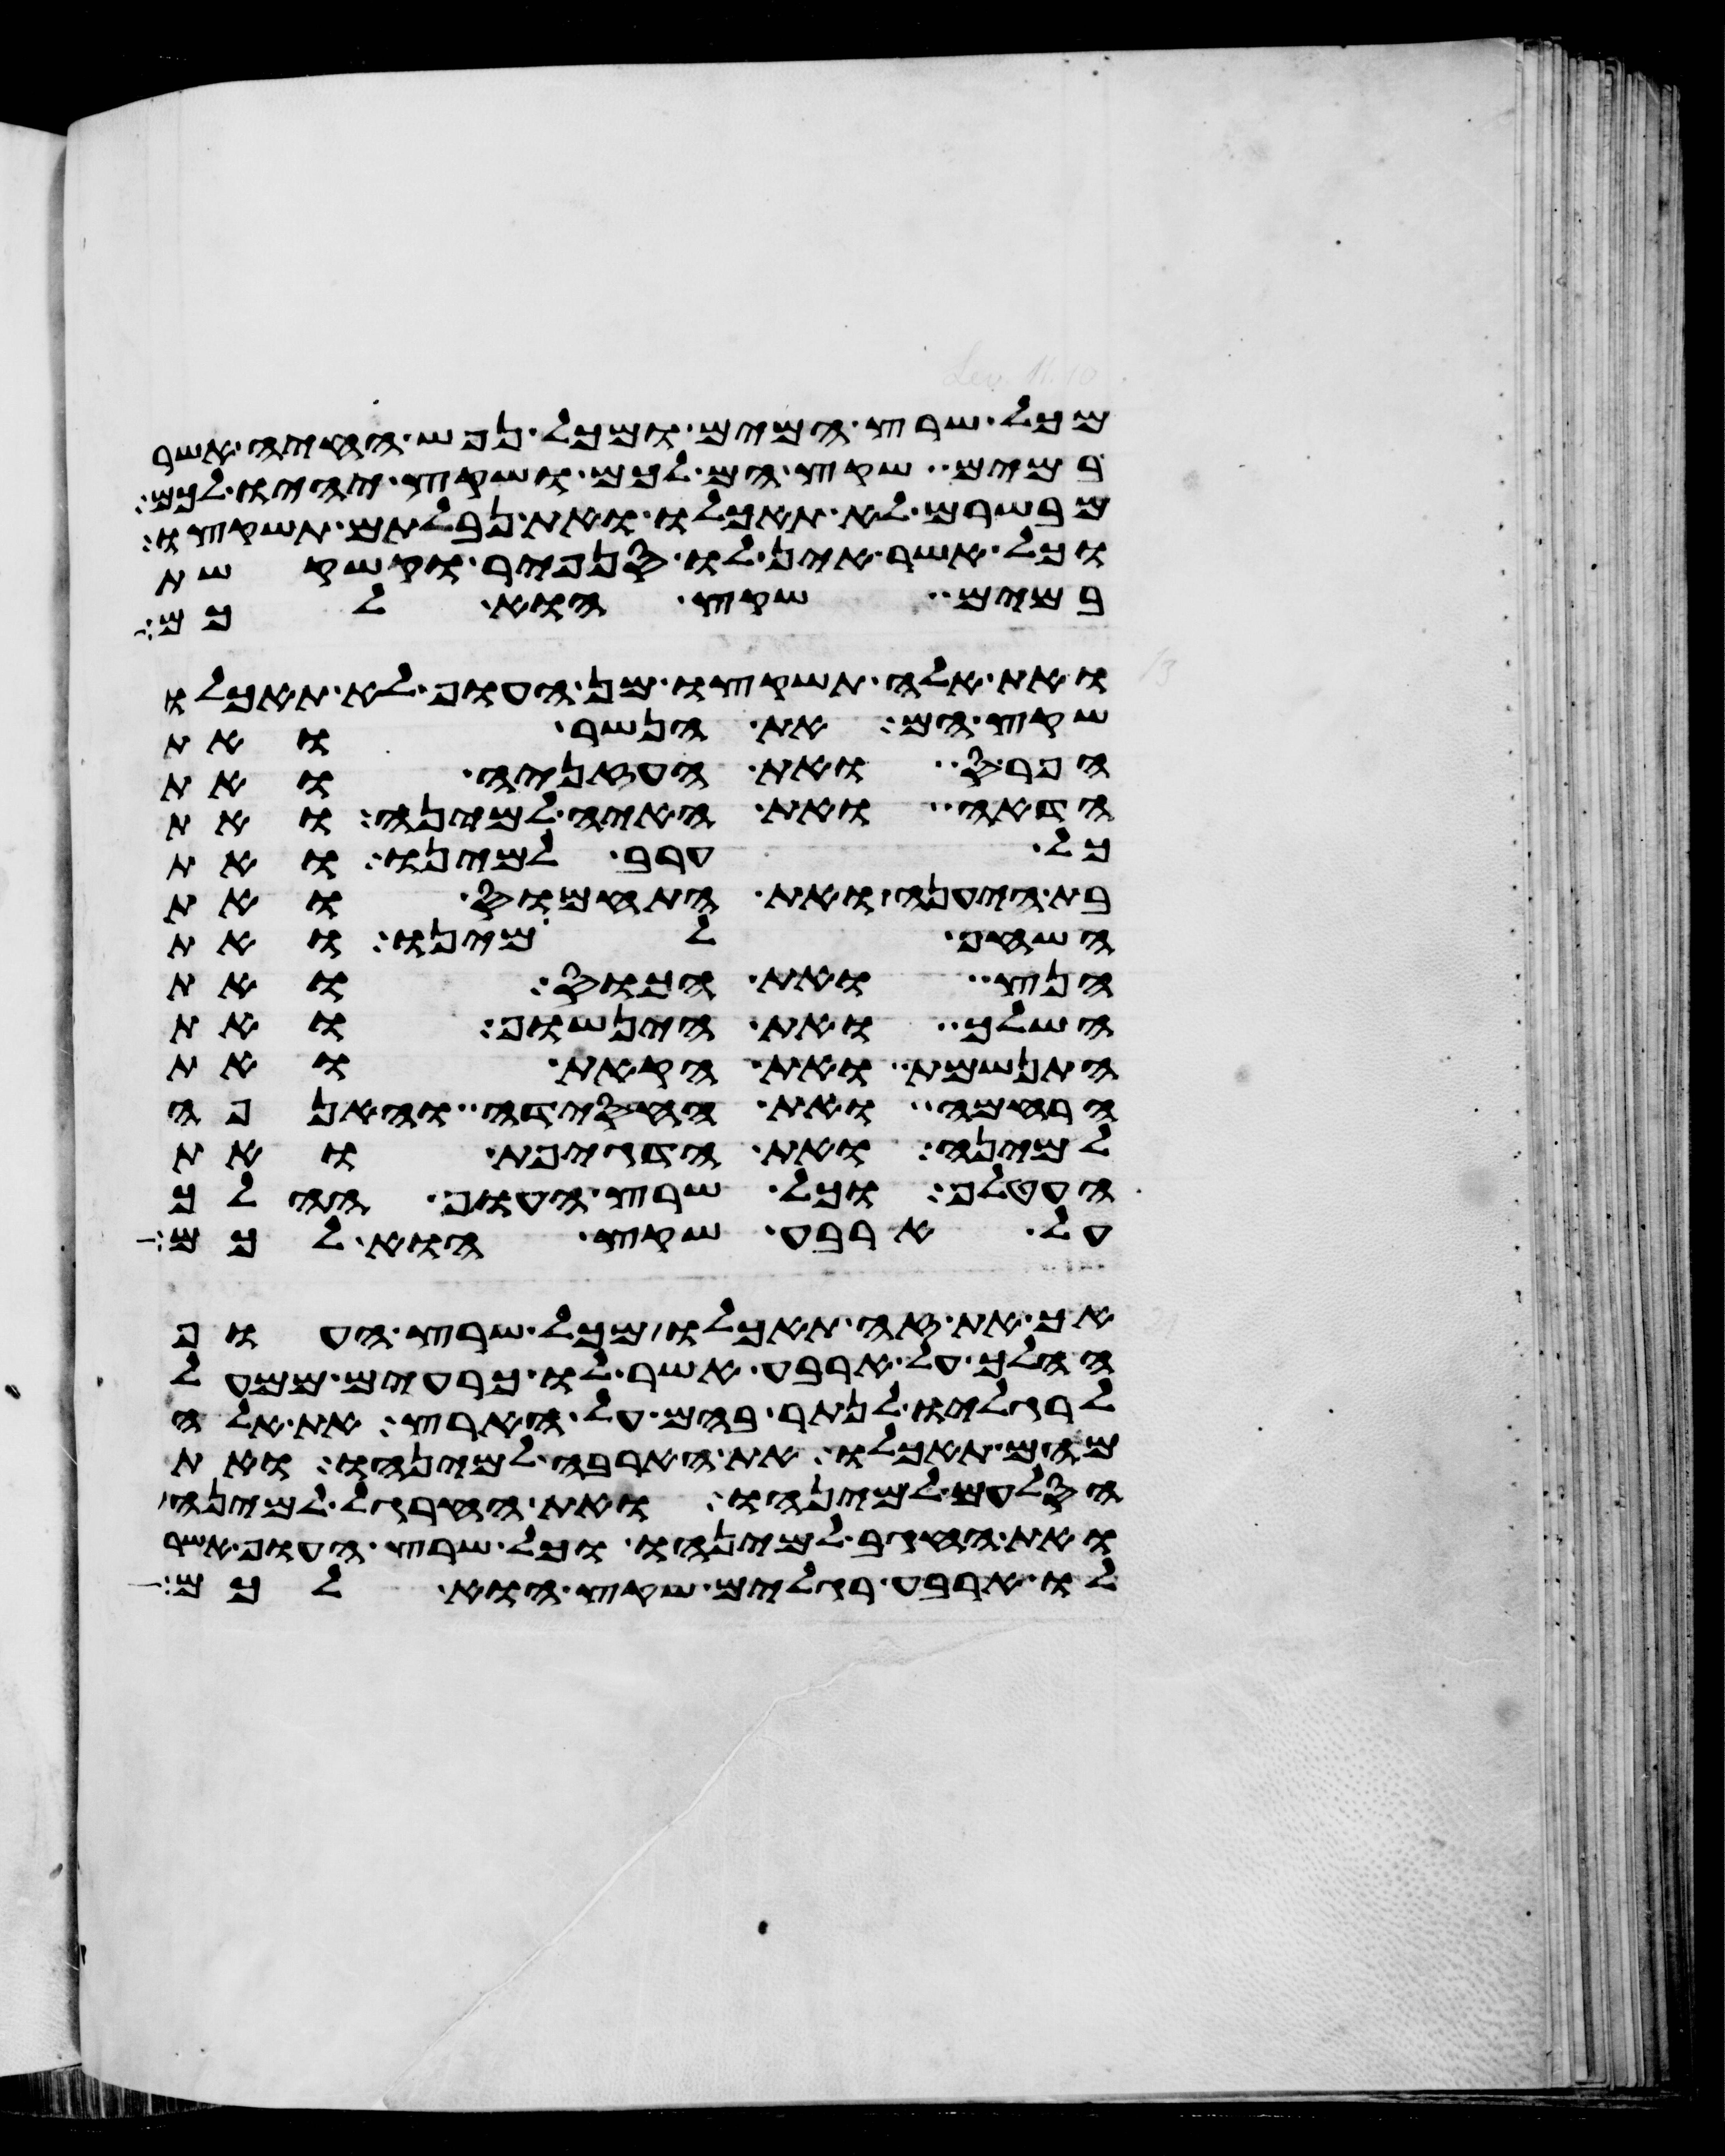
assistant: מכל שרץ המים ומכל נפש החיה אשר
במים שקץ הם לכם ושקץ יהיו לכם
מבשרם לא תאכלו ואת נבלתם תשקצו
וכל אשר אין לו סנפיר וקשקשת
במים שקץ הוא לכם
ואת אלה תשקצו מן העוף לא תאכלו
שקץ הם את הנשר ואת
הפרס ואת העזניה ואת
הדאה ואת האיה למינה ואת
כל ערב למינו ואת
בת היענה ואת התחמוס ואת
השחף למינו ואת
הנץ ואת הכוס ואת
השלך ואת הינשוף ואת
התנשמת ואת הקאת ואת
הרחמה ואת החסידה והאנפה
למינה ואת הדגיפת ואת
העטלף כל שרץ העוף ההלך
על ארבע שקץ הוא לכם
אך את זה תאכלו מכל שרץ העוף
ההלך על ארבע אשר לו כרעים ממעל
לרגליו לנתר בהם על הארץ את אלה
מהם תאכלו את הארבה למינהו ואת
הסלעם למינהו ואת החרגל למינה
ואת החגב למינהו וכל שרץ העוף אשר
לו ארבע רגלים שקץ הוא לכם